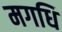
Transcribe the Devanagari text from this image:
मगधि